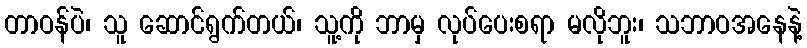
တာဝန်ပဲ၊ သူ ဆောင်ရွက်တယ်၊ သူ့ကို ဘာမှ လုပ်ပေးစရာ မလိုဘူး၊ သဘာဝအနေနဲ့